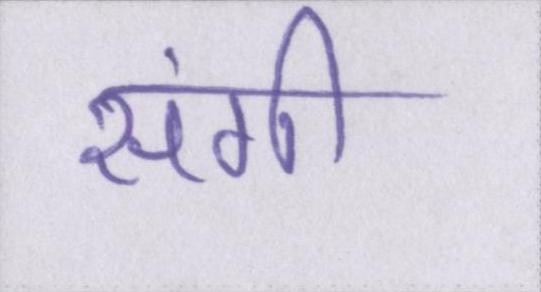
संगी